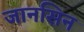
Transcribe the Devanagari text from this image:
जानसिन